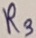
Text: R3